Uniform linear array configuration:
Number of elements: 4
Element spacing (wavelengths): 1
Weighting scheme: binomial
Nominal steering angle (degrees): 45
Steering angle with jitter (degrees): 43.141
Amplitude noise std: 0.05
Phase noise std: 0.05

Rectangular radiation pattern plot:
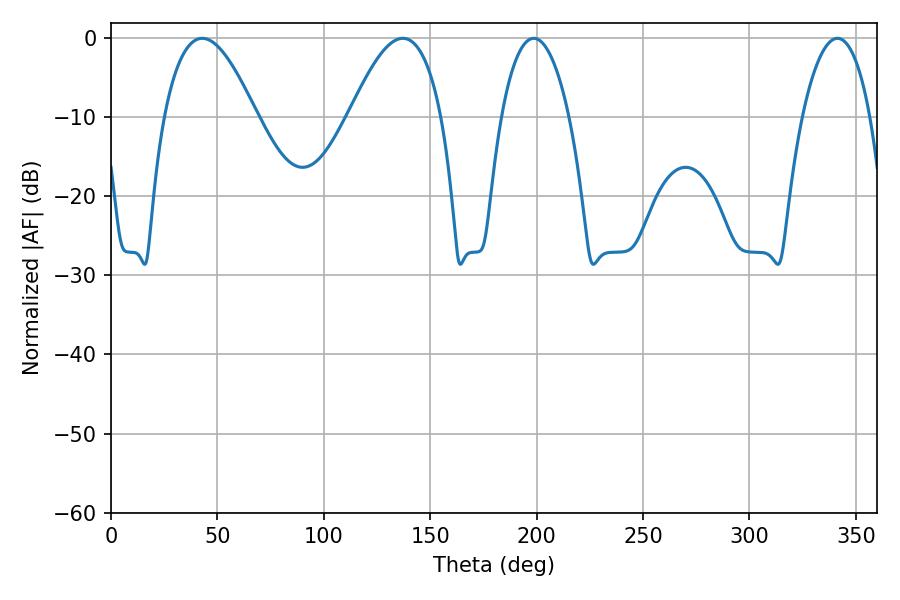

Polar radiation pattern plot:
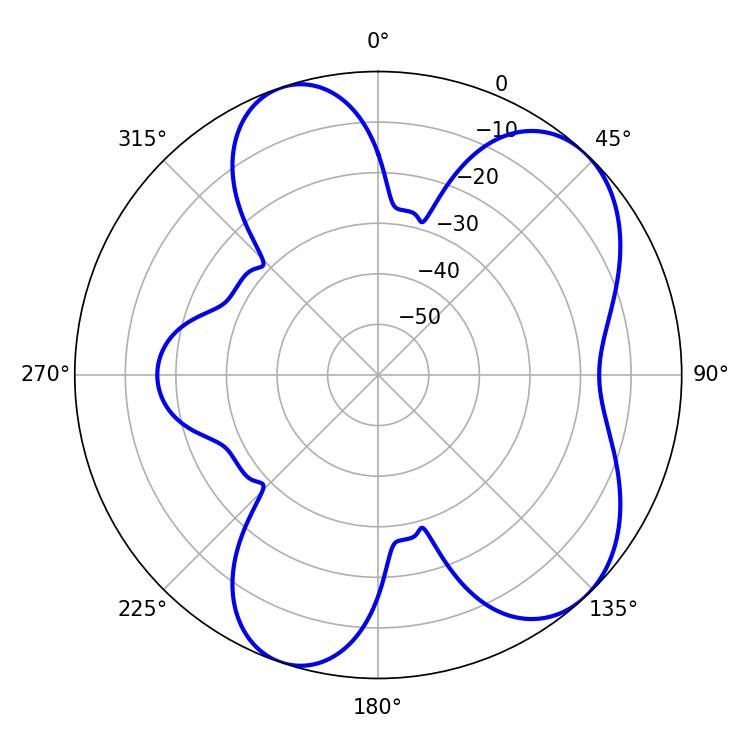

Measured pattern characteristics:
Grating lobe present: TRUE
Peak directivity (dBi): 6.833
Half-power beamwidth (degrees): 23.76
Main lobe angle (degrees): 42.84